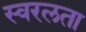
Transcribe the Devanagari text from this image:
स्वरलता